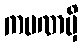
ကပဏမှိ